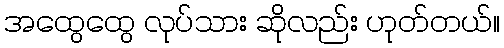
အထွေထွေ လုပ်သား ဆိုလည်း ဟုတ်တယ်။